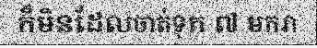
ក៏មិនដែលចាត់ទុក ៧ មករា